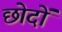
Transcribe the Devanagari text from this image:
छोदों